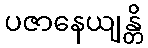
ပဇာနေယျန္တိ